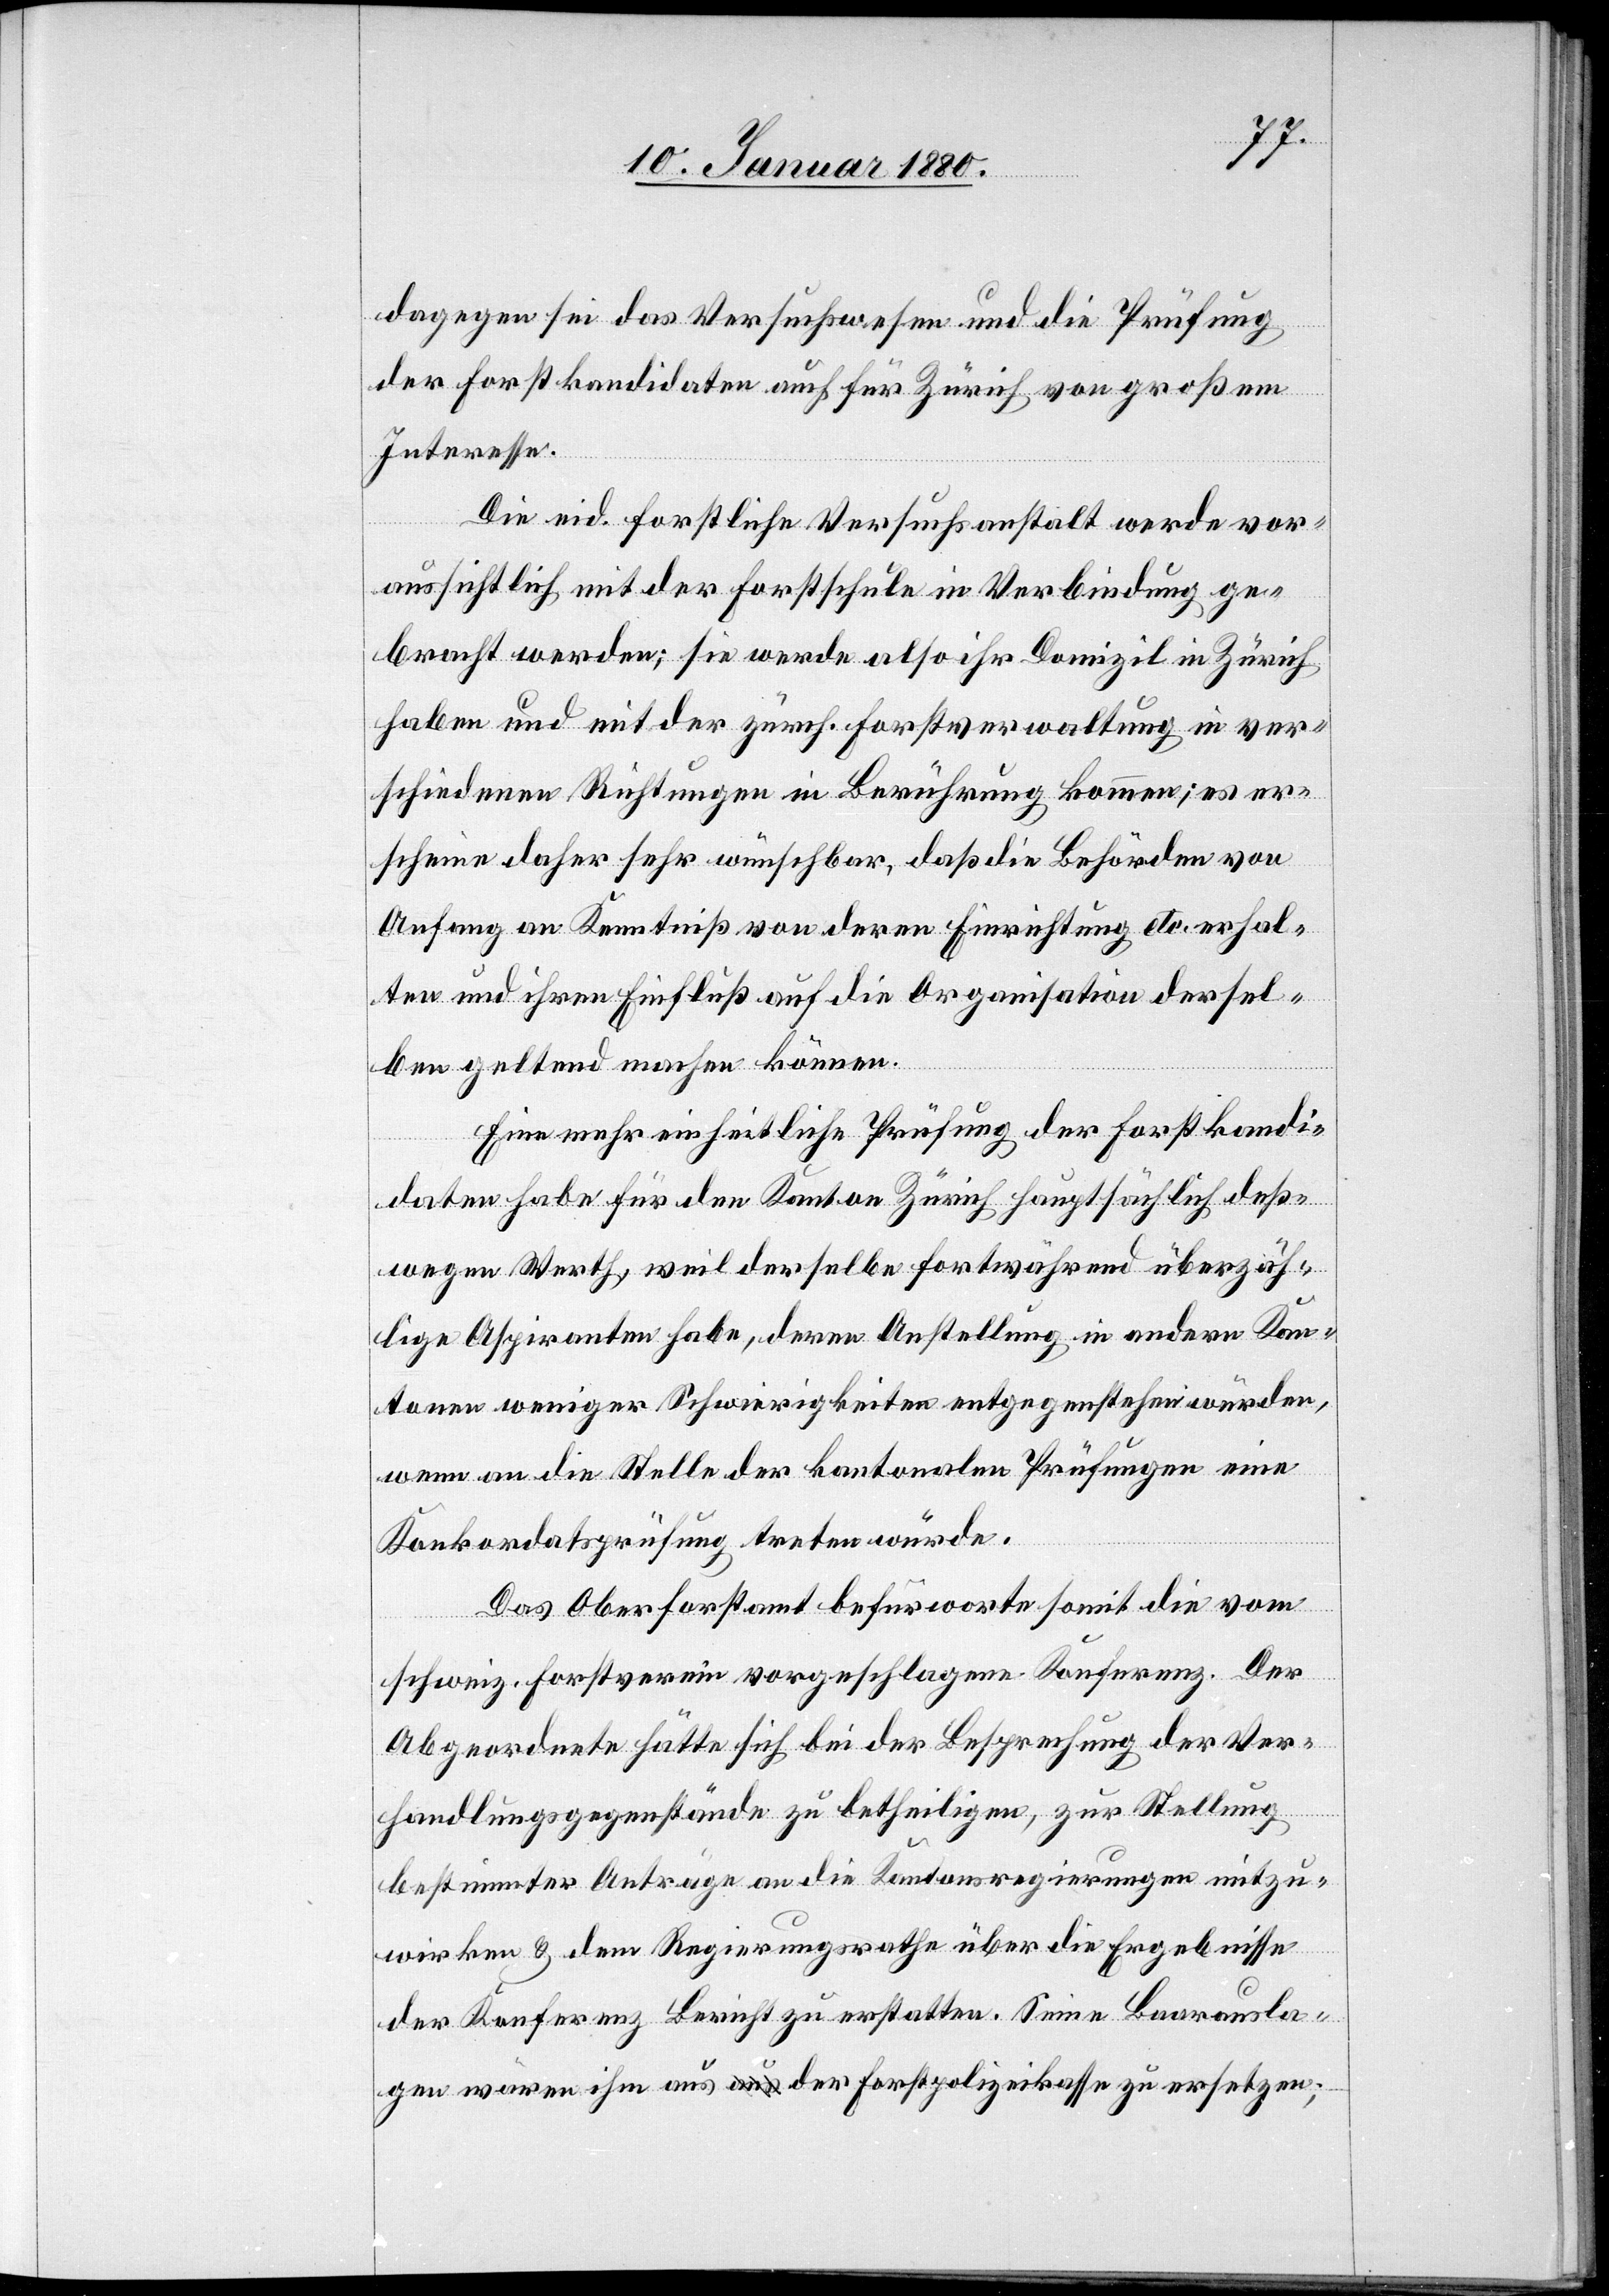
dagegen sei das Versuchswesen und die Prüfung
der Forstkandidaten auch für Zürich von großem
Interesse.
Die eid. forstliche Versuchsanstalt werde vor¬
aussichtlich mit der Forstschule in Verbindung ge¬
bracht werden; sie werde also ihr Domizil in Zürich
haben und mit der zürch. Forstverwaltung in ver¬
schiedenen Richtungen in Berührung kommen; es er¬
scheine daher sehr wünschbar, daß die Behörden von
Anfang an Kenntniß von deren Einrichtung etc. erhal¬
ten und ihren Einfluß auf die Organisation dersel¬
ben geltend machen können.
Eine mehr einheitliche Prüfung der Forstkandi¬
daten habe für den Kanton Zürich hauptsächlich deß¬
wegen Werth, weil derselbe fortwährend überzäh¬
lige Aspiranten habe, deren Anstellung in andern Kan¬
tonen weniger Schwierigkeiten entgegenstehen würden,
wenn an die Stelle der kantonalen Prüfungen eine
Konkordatsprüfung treten würde.
Das Oberforstamt befürworte somit die vom
schweiz. Forstverein vorgeschlagene Konferenz. Der
Abgeordnete hätte sich bei der Besprechung der Ver¬
handlungsgegenstände zu betheiligen, zur Stellung
bestimmter Anträge an die Kantonsregierungen mitzu¬
wirken & dem Regierungsrathe über die Ergebnisse
der Konferenz Bericht zu erstatten. Seine Baarausla¬
gen wären ihm aus der Forstpolizeikasse zu ersetzen;